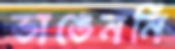
ভাঙেননি